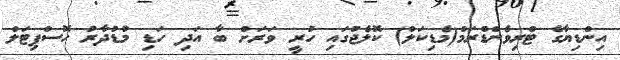
އިންޑިޔާގެ ޓްރިވެންޑްރަމް(މެޑިކަލް) ކޮލެޖުގައި ހުރީ ވަރަށް ބާ އަދި ހަޑި މުޑުދާރު ހޮސްޕިޓަލް